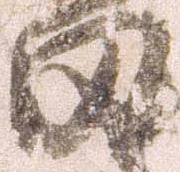
田